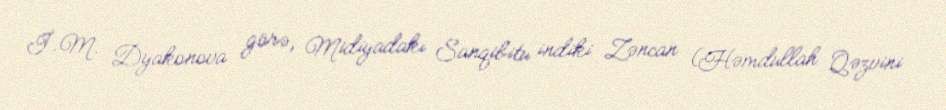
İ. M. Dyakonova görə, Midiyadakı Sanqibitu indiki Zəncan (Həmdullah Qəzvini